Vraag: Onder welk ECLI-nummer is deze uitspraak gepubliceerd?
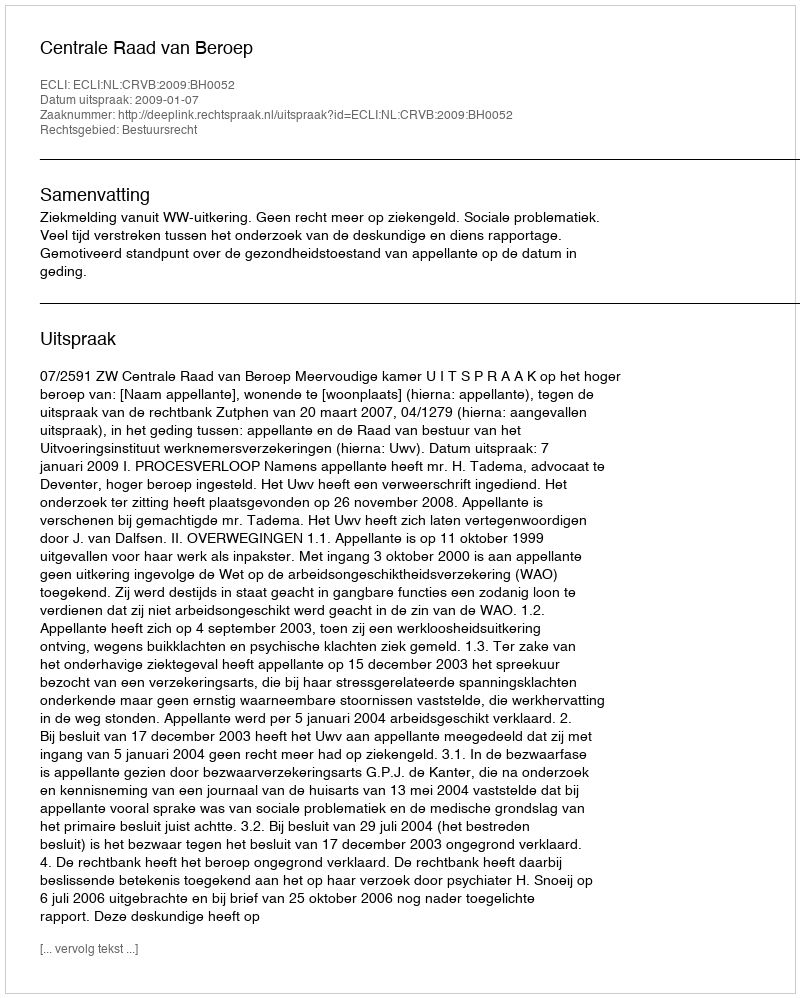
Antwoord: ECLI:NL:CRVB:2009:BH0052